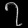
Digit: ၇